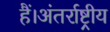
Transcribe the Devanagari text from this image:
हैं।अंतर्राष्ट्रीय